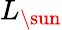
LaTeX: L_{\sun}